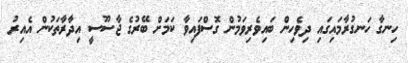
ހިނގާ ހަނގުރާމައިގައި ދިވެހިން ބައިވެރިވަމުން ގޮސްފައިވާ ކަމަށް ބޭރުގެ ޖާސޫސީ އިދާރާތަކުން އެއިރު